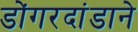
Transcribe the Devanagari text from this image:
डोंगरदांडाने